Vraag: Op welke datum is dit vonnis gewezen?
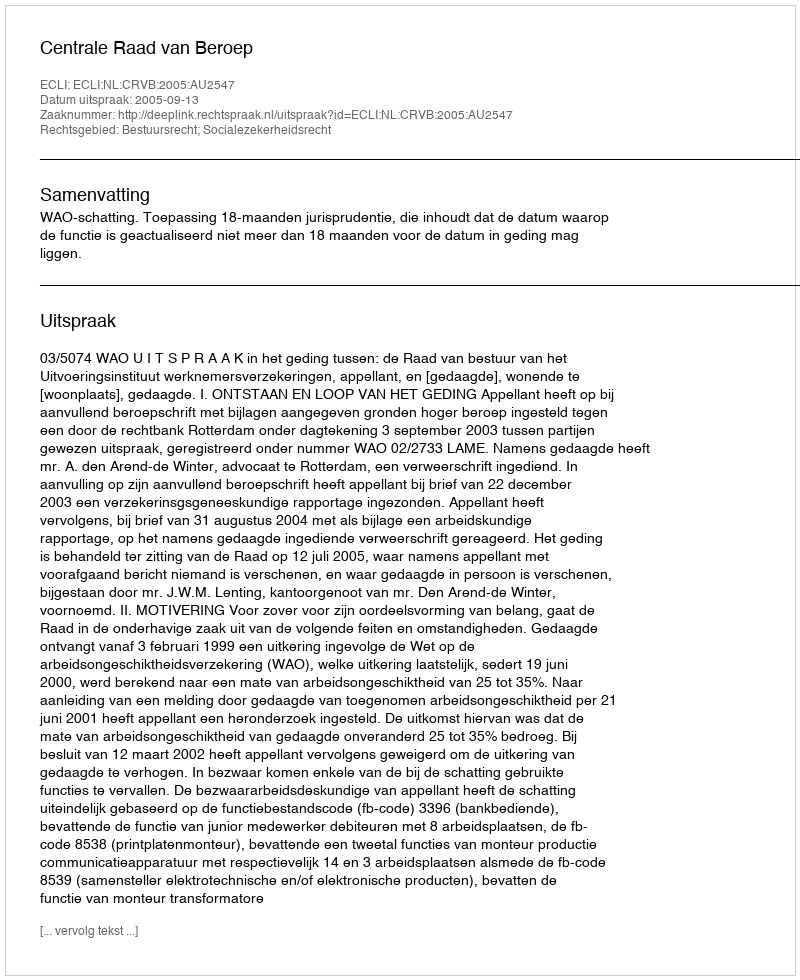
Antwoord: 2005-09-13